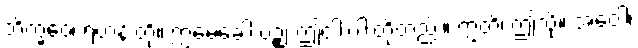
ဘိက္ခဝေ၊ ရဟန်းတို့။ ဣမေခေါ ပဉ္စ၊ ဤငါးပါးတို့တည်း။ ဣတိ၊ ဤသို့။ အဝေါ၊